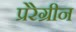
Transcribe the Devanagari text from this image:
प्रेरेग्रीन